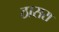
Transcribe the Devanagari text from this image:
ठासरा